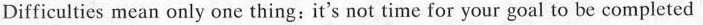
Difficulties mean only one thing:it's not time for your goal to be completed